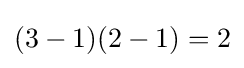
(3-1)(2-1)=2